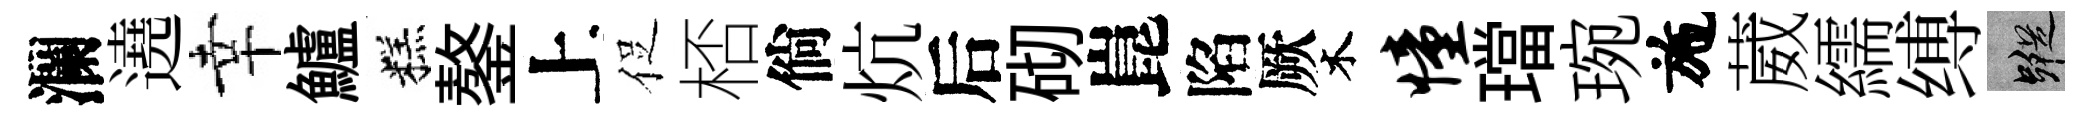
瀾遶幸鱸糕鏊上促桮倘炕后砌崑陷厥木憧璫琬施葳繻缚蹤